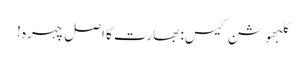
کلبھوشن کیس: بھارت کا اصل چہرہ !